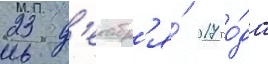
23 д'екабр'я́ 2017 го́да